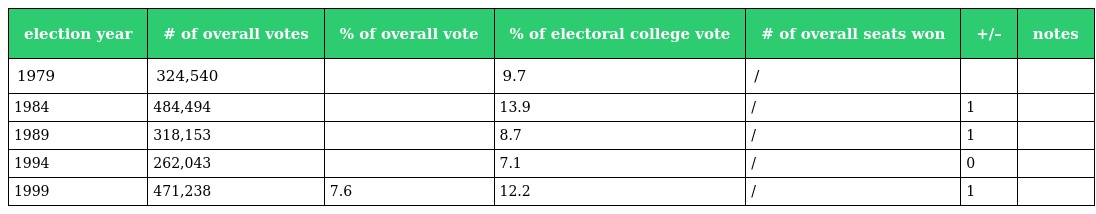
| election year | # of overall votes | % of overall vote | % of electoral college vote | # of overall seats won | +/– | notes |
 | --- | --- | --- | --- | --- | --- | --- |
 | 1979 | 324,540 |  | 9.7 | / |  |  |
 | 1984 | 484,494 |  | 13.9 | / | 1 |  |
 | 1989 | 318,153 |  | 8.7 | / | 1 |  |
 | 1994 | 262,043 |  | 7.1 | / | 0 |  |
 | 1999 | 471,238 | 7.6 | 12.2 | / | 1 |  |